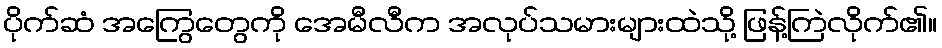
ပိုက်ဆံ အကြွေတွေကို အေမီလီက အလုပ်သမားများထဲသို့ ဖြန့်ကြဲလိုက်၏။